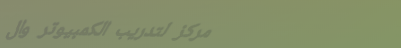
مركز لتدريب الكمبيوتر وال